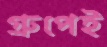
গ্রুপেই